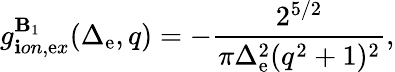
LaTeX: g_{\mathbf{i}on,\mathrm{e}x}^{\mathbf{B}_{1}}(\Delta_{\mathrm{e}},q)=-\frac{{2^{5/2}}}{{\pi\Delta_{\mathrm{e}}^{2}(q^{2}+1)^{2}}},